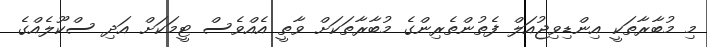
މި މުބާރާތަކީ އިންޑިވިޖުއަލް ފެތުންތެރިންގެ މުބާރާތަކަށް ވާތީ އެއްވެސް ޓީމަކަށް އަދި ސްކޫލެއްގެ